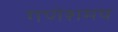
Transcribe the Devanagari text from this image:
गणेशमय